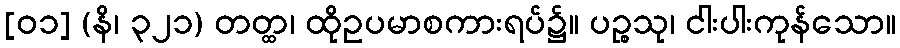
[၀၁] (နိ၊ ၃၂၁) တတ္ထ၊ ထိုဥပမာစကားရပ်၌။ ပဉ္စသု၊ ငါးပါးကုန်သော။